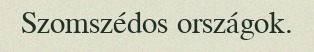
Szomszédos országok.